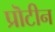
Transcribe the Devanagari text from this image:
प्रॊटीन